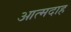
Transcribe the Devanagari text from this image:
आत्‍मदाह